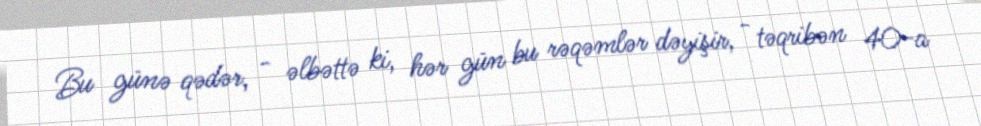
Bu günə qədər, - əlbəttə ki, hər gün bu rəqəmlər dəyişir, - təqribən 40-a